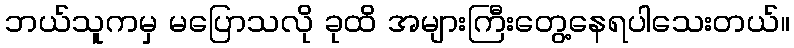
ဘယ်သူကမှ မပြောသလို ခုထိ အများကြီးတွေ့နေရပါသေးတယ်။